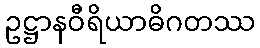
ဥဋ္ဌာနဝီရိယာဓိဂတဿ